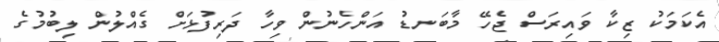
އެކަމަކު ޒިކާ ވައިރަސް ޖެހޭ މާބަނޑު އަންހެނުން ވިހާ ދަރިފުޅަށް ގެއްލުން ލިބުމުގެ